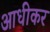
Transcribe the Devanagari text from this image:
आधीकर